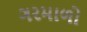
ગરમાળો